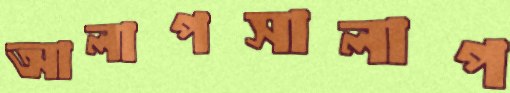
আলাপসালাপ